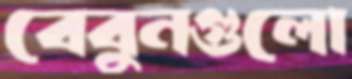
বেবুনগুলো